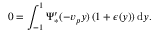
0 = \int _ { - 1 } ^ { 1 } \Psi _ { * } ^ { \prime } ( - v _ { p } y ) \left( 1 + \epsilon ( y ) \right) \mathrm { d } y .